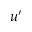
u ^ { \prime }